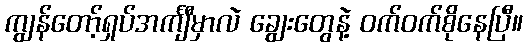
ကျွန်တော့်ရှပ်အင်္ကျီမှာလဲ ချွေးတွေနဲ့ ဝက်ဝက်စိုနေပြီ။